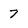
Character: 7